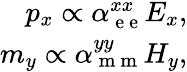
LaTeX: \begin{array}{r}{p_{x}\propto\alpha_{\mathrm{~e~e~}}^{xx}E_{x},}\\ {m_{y}\propto\alpha_{\mathrm{~m~m~}}^{yy}H_{y},}\end{array}